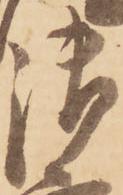
御